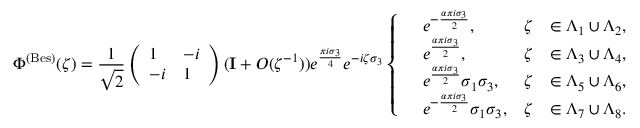
\Phi ^ { \mathrm { ( B e s ) } } ( \zeta ) = \frac { 1 } { \sqrt { 2 } } \left( \begin{array} { l l } { 1 } & { - i } \\ { - i } & { 1 } \end{array} \right) ( \mathbf { I } + O ( \zeta ^ { - 1 } ) ) e ^ { \frac { \pi i \sigma _ { 3 } } { 4 } } e ^ { - i \zeta \sigma _ { 3 } } \left\{ \begin{array} { r l r l } & { e ^ { - \frac { \alpha \pi i \sigma _ { 3 } } { 2 } } , } & { \zeta } & { \in \Lambda _ { 1 } \cup \Lambda _ { 2 } , } \\ & { e ^ { \frac { \alpha \pi i \sigma _ { 3 } } { 2 } } , } & { \zeta } & { \in \Lambda _ { 3 } \cup \Lambda _ { 4 } , } \\ & { e ^ { \frac { \alpha \pi i \sigma _ { 3 } } { 2 } } \sigma _ { 1 } \sigma _ { 3 } , } & { \zeta } & { \in \Lambda _ { 5 } \cup \Lambda _ { 6 } , } \\ & { e ^ { - \frac { \alpha \pi i \sigma _ { 3 } } { 2 } } \sigma _ { 1 } \sigma _ { 3 } , } & { \zeta } & { \in \Lambda _ { 7 } \cup \Lambda _ { 8 } . } \end{array} \right.